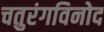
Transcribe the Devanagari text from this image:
चतुरंगविनोद